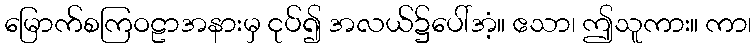
မြောက်စကြဝဠာအနားမှ ငုပ်၍ အလယ်၌ပေါ်အံ့။ ဧသာ၊ ဤသူကား။ ကာ၊